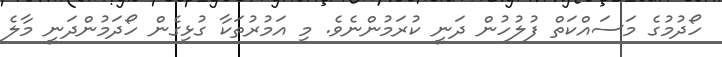
ހޯދުމުގެ މަސައްކަތް ފުލުހުން ދަނީ ކުރަމުންނެވެ. މި އަމުރުތަކާ ގުޅިގެން ހޯދަމުންދަނީ މާލެ